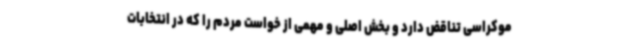
موکراسی تناقض دارد و بخش اصلی و مهمی از خواست مردم را که در انتخابات